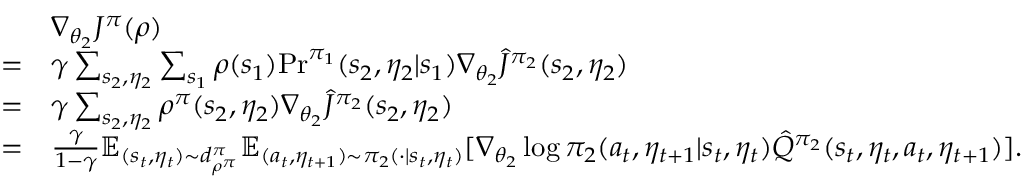
\begin{array} { r l } & { \nabla _ { \theta _ { 2 } } J ^ { \pi } ( \rho ) } \\ { = } & { \gamma \sum _ { s _ { 2 } , \eta _ { 2 } } \sum _ { s _ { 1 } } \rho ( s _ { 1 } ) \mathrm { P r } ^ { \pi _ { 1 } } ( s _ { 2 } , \eta _ { 2 } | s _ { 1 } ) \nabla _ { \theta _ { 2 } } \hat { J } ^ { \pi _ { 2 } } ( s _ { 2 } , \eta _ { 2 } ) } \\ { = } & { \gamma \sum _ { s _ { 2 } , \eta _ { 2 } } \rho ^ { \pi } ( s _ { 2 } , \eta _ { 2 } ) \nabla _ { \theta _ { 2 } } \hat { J } ^ { \pi _ { 2 } } ( s _ { 2 } , \eta _ { 2 } ) } \\ { = } & { \frac { \gamma } { 1 - \gamma } \mathbb { E } _ { ( s _ { t } , \eta _ { t } ) \sim d _ { \rho ^ { \pi } } ^ { \pi } } \mathbb { E } _ { ( a _ { t } , \eta _ { t + 1 } ) \sim \pi _ { 2 } ( \cdot | s _ { t } , \eta _ { t } ) } [ \nabla _ { \theta _ { 2 } } \log \pi _ { 2 } ( a _ { t } , \eta _ { t + 1 } | s _ { t } , \eta _ { t } ) \hat { Q } ^ { \pi _ { 2 } } ( s _ { t } , \eta _ { t } , a _ { t } , \eta _ { t + 1 } ) ] . } \end{array}